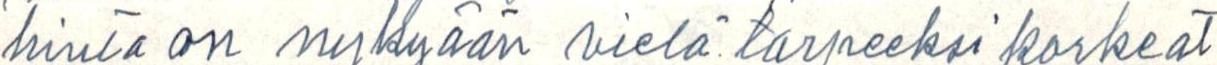
hinta on nykyään vielä tarpeeksi korkeat